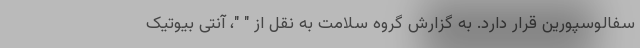
سفالوسپورین قرار دارد. به گزارش گروه سلامت به نقل از " "، آنتی بیوتیک